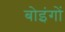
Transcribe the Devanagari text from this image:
बोइंगों